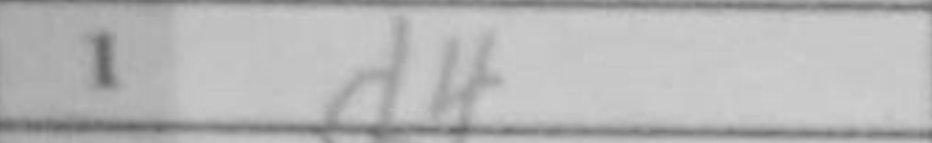
Transcription: d4